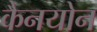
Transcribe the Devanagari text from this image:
कैनयोन